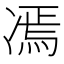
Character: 𱐋